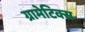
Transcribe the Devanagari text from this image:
ग्रामेटिक्स